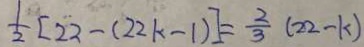
\frac { 1 } { 2 } [ 2 2 - ( 2 2 k - 1 ) ] = \frac { 2 } { 3 } ( 2 2 - k )